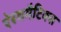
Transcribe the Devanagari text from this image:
ऐस्थमैटिक्स